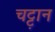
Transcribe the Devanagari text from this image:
चट्ट़ान